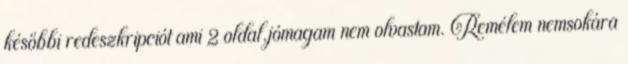
későbbi redeszkripciót ami 2 oldal.jómagam nem olvastam. Remélem nemsokára